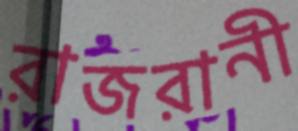
রাজরানী